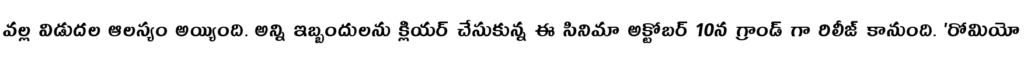
వల్ల విడుదల ఆలస్యం అయ్యింది. అన్ని ఇబ్బందులను క్లియర్ చేసుకున్న ఈ సినిమా అక్టోబర్ 10న గ్రాండ్ గా రిలీజ్ కానుంది. 'రోమియో